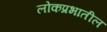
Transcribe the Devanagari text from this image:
लोकप्रभातील